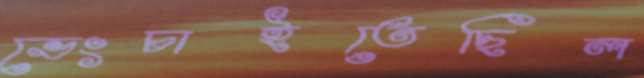
ভেংচাইতেছিল